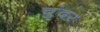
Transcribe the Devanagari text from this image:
चुंदर